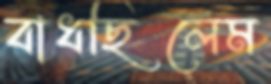
বাধছিলেম